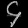
Digit: ၄